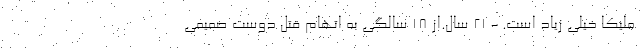
ملیکا خیلی زیاد است. - 21 سال.از 18 سالگی به اتهام قتل دوست صمیمی